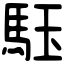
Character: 𩢤